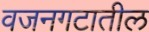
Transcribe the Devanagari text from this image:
वजनगटातील